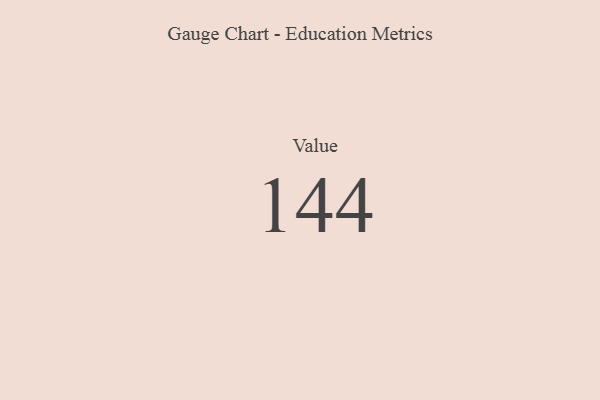
{"axis": {"x": "Metric", "y": "Value"}, "legend": [""], "data": [{"x": "Value", "y": 144, "type": ""}]}